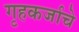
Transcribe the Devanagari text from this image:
गृहकर्जाचे